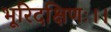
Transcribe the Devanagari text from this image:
भूरिदक्षिणः।।